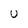
Character: U